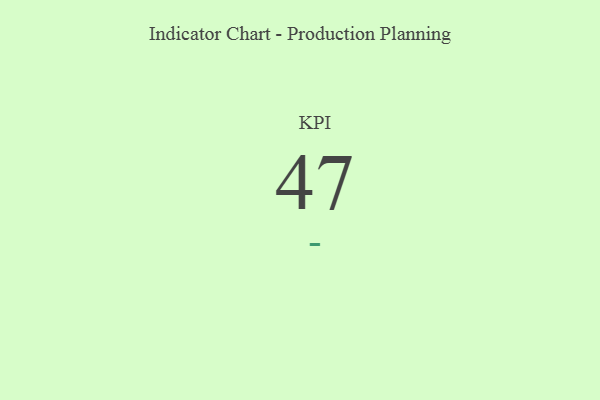
{"axis": {"x": "KPI", "y": "Value"}, "legend": [""], "data": [{"x": "KPI", "y": 47, "type": ""}]}